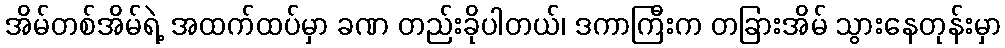
အိမ်တစ်အိမ်ရဲ့ အထက်ထပ်မှာ ခဏ တည်းခိုပါတယ်၊ ဒကာကြီးက တခြားအိမ် သွားနေတုန်းမှာ